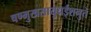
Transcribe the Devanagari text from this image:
षण्मुखसायुधईशनुते